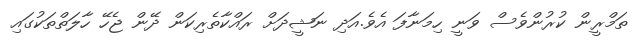
ތަމްރީން ކުރުންވެސް ވަނީ ހިމަނާފަ އެވެ.އަދި ނަޝީދަށް ރައްކާތެރިކަން ދޭން ޖެހޭ ހާލަތްތަކުގައި